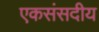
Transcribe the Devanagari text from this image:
एकसंसदीय